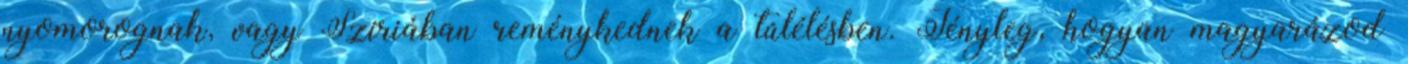
nyomorognak, vagy Szíriában reménykednek a túlélésben. Tényleg, hogyan magyarázod